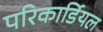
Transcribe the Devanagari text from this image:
परिकार्डियल